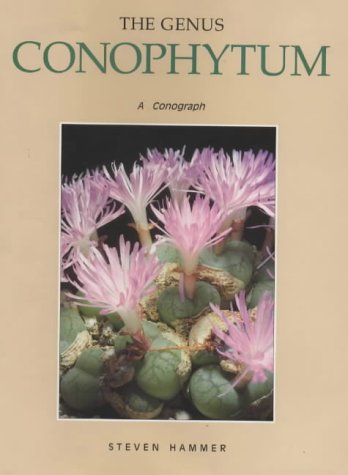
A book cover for The Genus Conophytum: A Conograph; Steven Hammer; Science & Math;